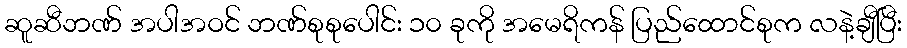
ဆူဆီဘဏ် အပါအဝင် ဘဏ်စုစုပေါင်း ၁၀ ခုကို အမေရိကန် ပြည်ထောင်စုက လနဲ့ချီပြီး